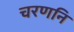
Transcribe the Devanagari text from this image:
चरणनि